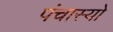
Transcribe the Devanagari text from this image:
पंचास्यो